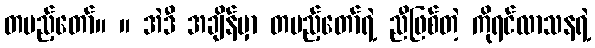
တပည့်တော်။ ။ အဲဒီ အချိန်မှာ တပည့်တော်ရဲ့ ညီဖြစ်တဲ့ ကိုရင်လာသနရဲ့